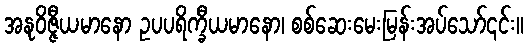
အနုဝိဇ္ဇီယမာနော ဥပပရိက္ခီယမာနော၊ စစ်ဆေးမေးမြန်းအပ်သော်၎င်း။